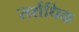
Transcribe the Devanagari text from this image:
सर्शधिक